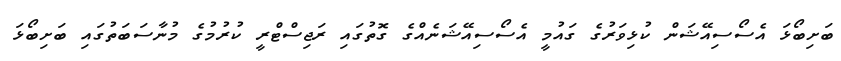
ބަށިބޯޅަ އެސޯސިއޭޝަން ކުޅިވަރުގެ ގައުމީ އެސޯސިއޭޝަނެއްގެ ގޮތުގައި ރަޖިސްޓްރީ ކުރުމުގެ މުނާސަބަތުގައި ބަށިބޯޅަ